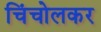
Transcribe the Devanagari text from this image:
चिंचोलकर